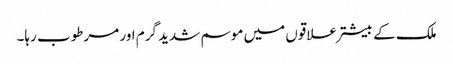
ملک کے بیشتر علاقوں میں موسم شدید گرم اور مرطوب رہا۔